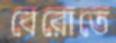
বেরোতে